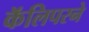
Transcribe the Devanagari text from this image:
कॅलिपरने